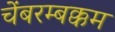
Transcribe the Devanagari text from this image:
चेंबरम्बक्कम